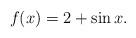
LaTeX: \begin{align*} f(x) = 2+ \sin x . \end{align*}